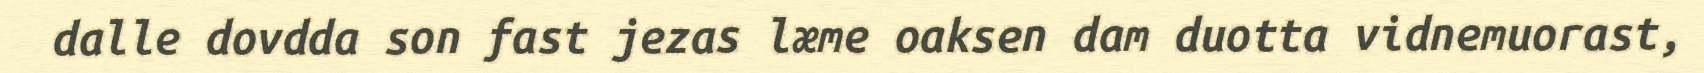
dalle dovdda son fast jezas læme oaksen dam duotta vidnemuorast,